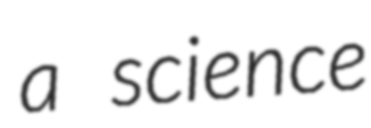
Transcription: a science